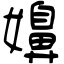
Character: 嬶